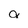
Character: a